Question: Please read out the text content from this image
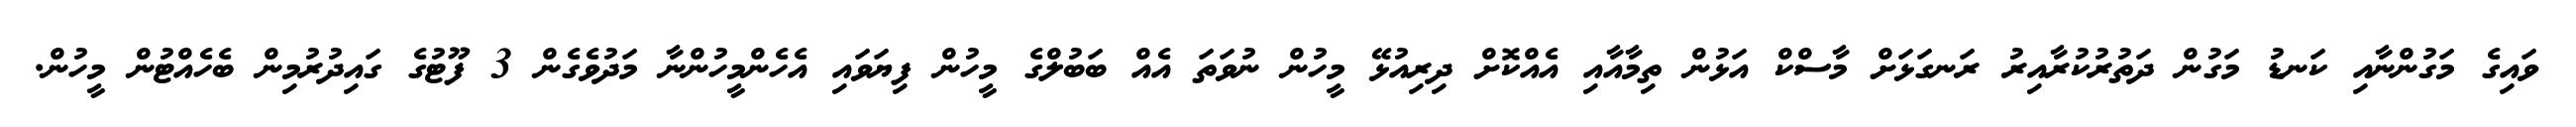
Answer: ވައިގެ މަގުންނާއި ކަނޑު މަގުން ދަތުރުކުރާއިރު ރަނގަޅަށް މާސްކް އަޅުން ތިމާއާއި އެއްކޮށް ދިރިއުޅޭ މީހުން ނުވަތަ އެއް ބަބުލްގެ މީހުން ފިޔަވައި އެހެންމީހުންނާ މަދުވެގެން 3 ފޫޓުގެ ގައިދުރުމިން ބެހެއްޓުން މީހުން.